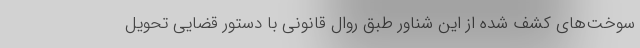
سوخت‌های کشف شده از این شناور طبق روال قانونی با دستور قضایی تحویل